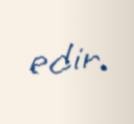
edir.